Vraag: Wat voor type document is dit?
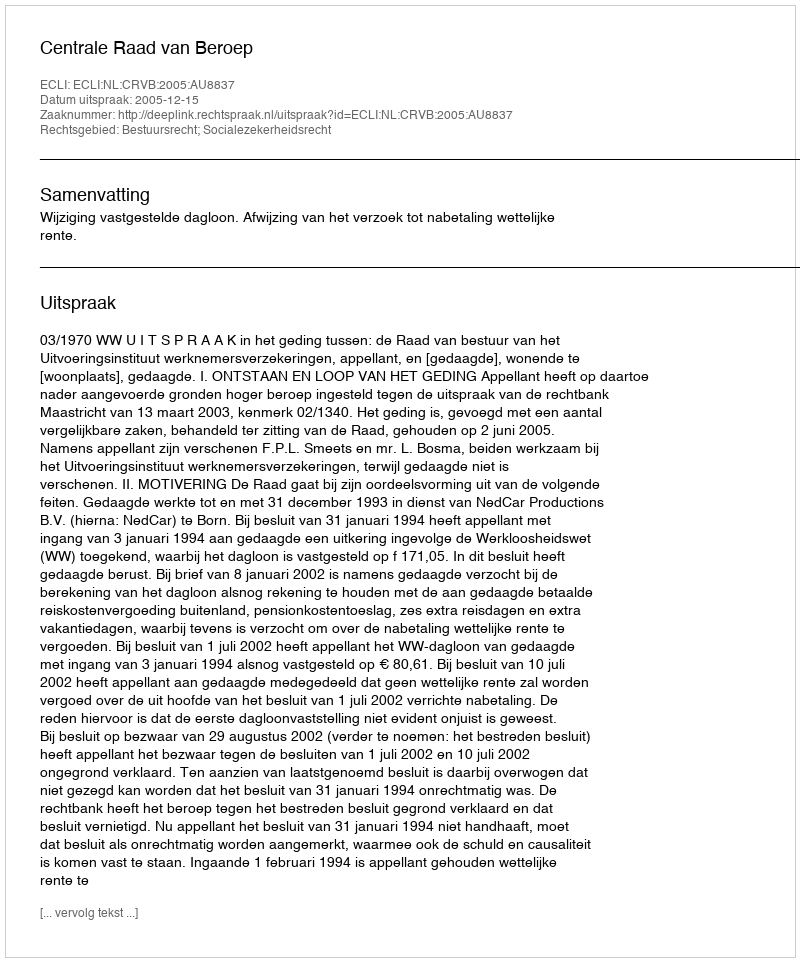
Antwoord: Uitspraak